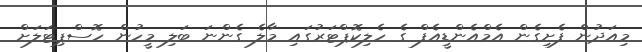
މިއަދުން ފެށިގެން އެމްއެންޑީއެފް ގެ ހެލިކޮޕްޓަރުގައި މާލެ ގެންނަ ބަލި މީހުން ހޮސްޕިޓަލަށް